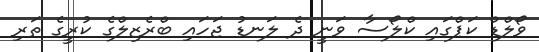
ވޯލްޑް ކަޕްގައި ކްލޯސާ ވަނީ ދެ ލަނޑު ޖަހައި ބްރެޒިލްގެ ކުރީގެ ތަރި